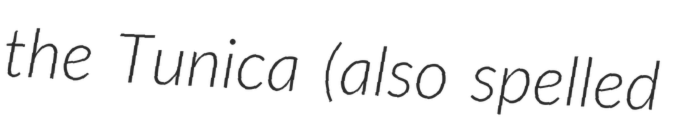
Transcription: the Tunica (also spelled